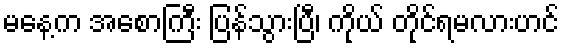
မနေ့က အစောကြီး ပြန်သွားပြီ၊ ကိုယ် တိုင်ရမလားဟင်